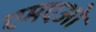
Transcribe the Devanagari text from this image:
एमएओ